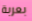
بعربة